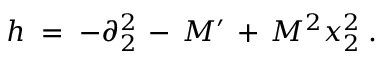
h \; = \; - \partial _ { 2 } ^ { 2 } \, - \, M ^ { \prime } \, + \, M ^ { 2 } x _ { 2 } ^ { 2 } \; .